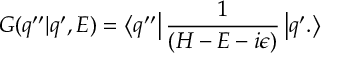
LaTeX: G ( q ^ { \prime \prime } | q ^ { \prime } , E ) = \left< q ^ { \prime \prime } \right| \frac { 1 } { ( { \cal { H } } - E - i \epsilon ) } \left| q ^ { \prime } . \right>